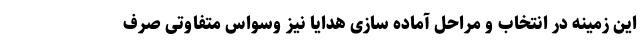
این زمینه در انتخاب و مراحل آماده سازی هدایا نیز وسواس متفاوتی صرف